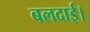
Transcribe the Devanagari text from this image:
बलदाई।